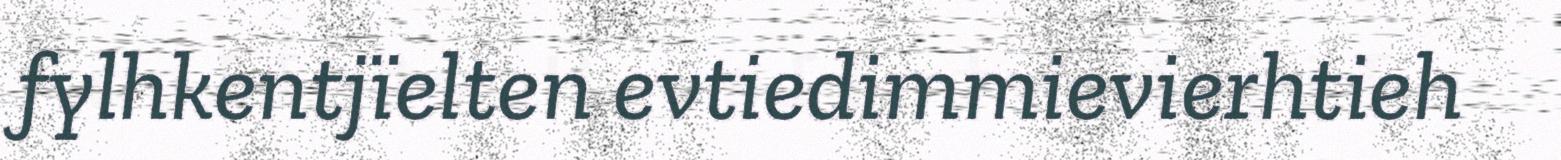
fylhkentjïelten evtiedimmievierhtieh